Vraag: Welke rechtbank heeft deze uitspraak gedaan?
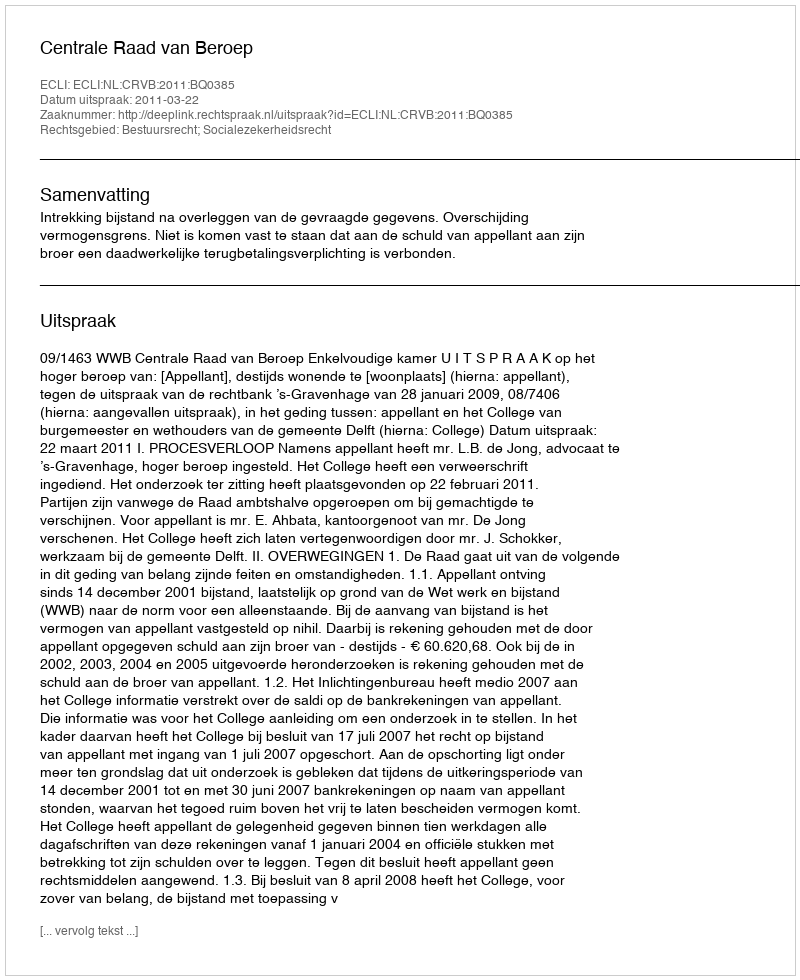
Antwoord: Centrale Raad van Beroep